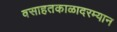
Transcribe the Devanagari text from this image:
वसाहतकाळादरम्यान